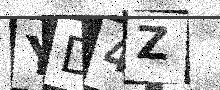
Text: YD4Z